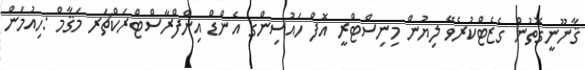
ޤާނޫނީގޮތުން ގެޒެޓްކުރެވޭ ލިޔުން މިނިސްޓްރީ އޮފް ހައުސިންގ އެންޑް އިންފްރާސްޓްރަކްޗަރ މަޤާމް :ހިއުމަން